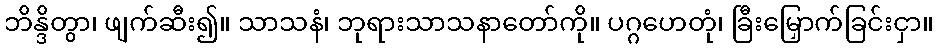
ဘိန္ဒိတွာ၊ ဖျက်ဆီး၍။ သာသနံ၊ ဘုရားသာသနာတော်ကို။ ပဂ္ဂဟေတုံ၊ ခြီးမြှောက်ခြင်းငှာ။